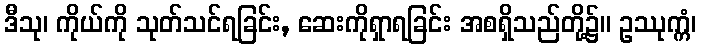
ဒီသု၊ ကိုယ်ကို သုတ်သင်ရခြင်း, ဆေးကိုရှာရခြင်း အစရှိသည်တို့၌။ ဥဿုက္ကံ၊